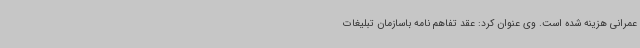
عمرانی هزینه شده است. وی عنوان کرد: عقد تفاهم نامه باسازمان تبلیغات